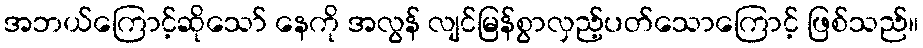
အဘယ်ကြောင့်ဆိုသော် နေကို အလွန် လျင်မြန်စွာလှည့်ပတ်သောကြောင့် ဖြစ်သည်။